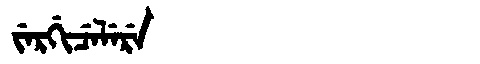
Manchu: ᠵᡝᡵᡤᡳᠴᡝᠯᡝᡵᡝ
Romanization: JERGICELERE